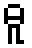
ဓူ